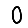
Digit: 0